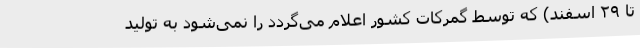
تا ۲۹ اسفند) که توسط گمرکات کشور اعلام می‌گردد را نمی‌شود به تولید